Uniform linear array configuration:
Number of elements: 48
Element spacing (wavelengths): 1
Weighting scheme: hann
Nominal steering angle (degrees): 15
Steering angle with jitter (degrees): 14.184
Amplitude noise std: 0.05
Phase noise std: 0.05

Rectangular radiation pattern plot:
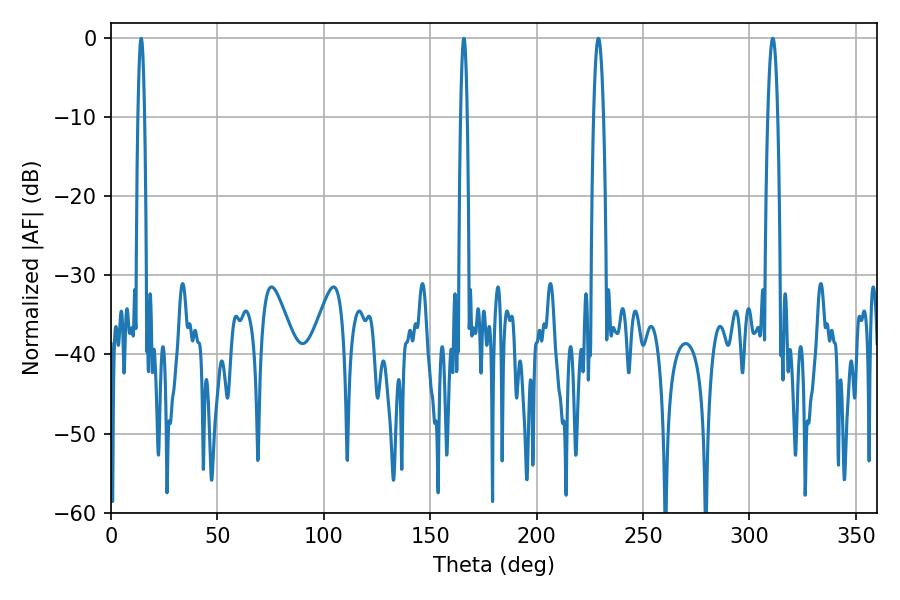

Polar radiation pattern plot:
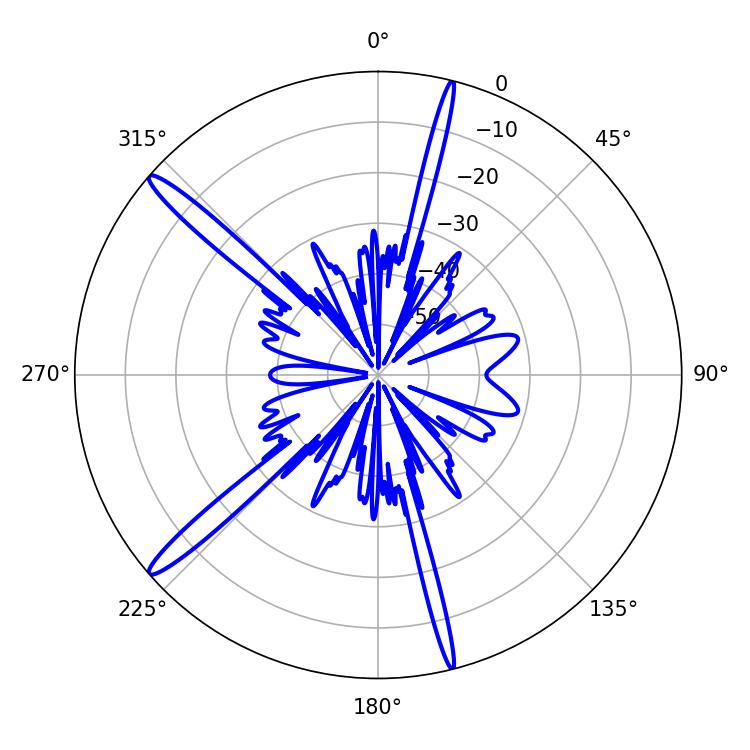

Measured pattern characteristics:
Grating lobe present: TRUE
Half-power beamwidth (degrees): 1.62
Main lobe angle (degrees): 165.78